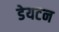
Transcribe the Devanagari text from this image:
डेयटन